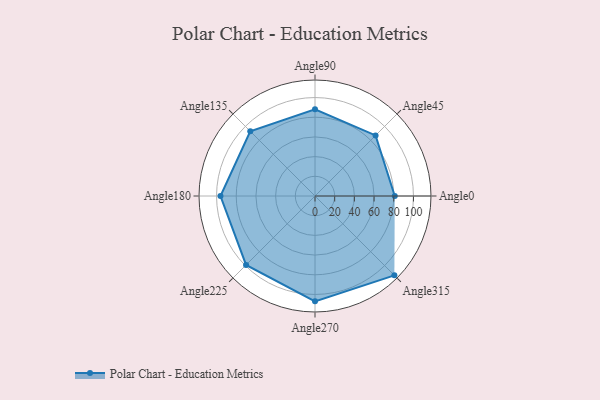
{"axis": {"x": "Angle", "y": "Radius"}, "legend": [""], "data": [{"x": "Angle0", "y": 81.0, "type": ""}, {"x": "Angle45", "y": 87.0, "type": ""}, {"x": "Angle90", "y": 88.0, "type": ""}, {"x": "Angle135", "y": 93.0, "type": ""}, {"x": "Angle180", "y": 96.0, "type": ""}, {"x": "Angle225", "y": 99.0, "type": ""}, {"x": "Angle270", "y": 107.0, "type": ""}, {"x": "Angle315", "y": 114.0, "type": ""}]}